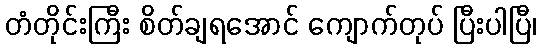
တံတိုင်းကြီး စိတ်ချရအောင် ကျောက်တုပ် ပြီးပါပြီ၊